system: You are a helpful assistant.
user:
Analyze the provided spectrum to determine if it is a **Carbon Star (C-type)**.

- **Key Visual Indicators of Carbon Star:**
    - **(Primary):** Strong molecular absorption from **C₂ (diatomic carbon) "Swan Bands."** This is the **defining feature** of a carbon star.
        - **(Key Bandheads):** Sharp absorption edges are visible at approximately $5635$ Å, $5165$ Å (the strongest band), and $4737$ Å.
        - **(Line Profile):** Creates a distinct **"saw-tooth"** pattern. The key morphology is a sharp, steep bandhead on the **red (long-wavelength) side**, which then gradually tapers off (i.e., flux recovers) towards the **blue (short-wavelength) side**. *(This is the direct opposite of the TiO bands seen in M-type stars)*.

    - **(Secondary):** Intense **CN (cyanogen)** molecular absorption bands.
        - **(Key Bandheads):** Located in the blue and violet regions of the spectrum (e.g., near $4215$ Å and $3883$ Å).
        - **(Morphology):** These bands are extremely broad and act as a "blanket," absorbing the vast majority of blue and violet light. This creates a characteristic **"cliff"** or **"steep drop-off"** in the spectrum's flux at short wavelengths.

    - **(Key Confirmation):** Strong **CH absorption band (G-band)**.
        - **(Key Bandhead):** Located around $4300$ Å. The contribution from CH molecules to this band is exceptionally strong.

    - **(Overall Spectrum):**
        - The continuum is severely "chopped up" by these deep molecular bands, especially C₂, rather than appearing as a smooth curve.
        - Due to the heavy CN and C₂ absorption in the blue-green, the vast majority of the star's flux is concentrated in the red part of the spectrum, giving the star its characteristic deep red color.

Think first, call **spectral_visualization_tool** if needed to examine features in detail, then provide your final answer. Your response must adhere to the following strict rules:
1.  **Overall Structure:** Your response must follow the format `<think>...</think> <tool_call>...</tool_call> (if a tool is used) <answer>...</answer>`.
2.  **Tool Usage Constraint:** You may only make **one** tool call per turn.
3.  **Final Answer Format:** In the `<answer>` tag, your conclusion must be inside a `\boxed{}` command (e.g., `\boxed{YES}`), followed by your justification.

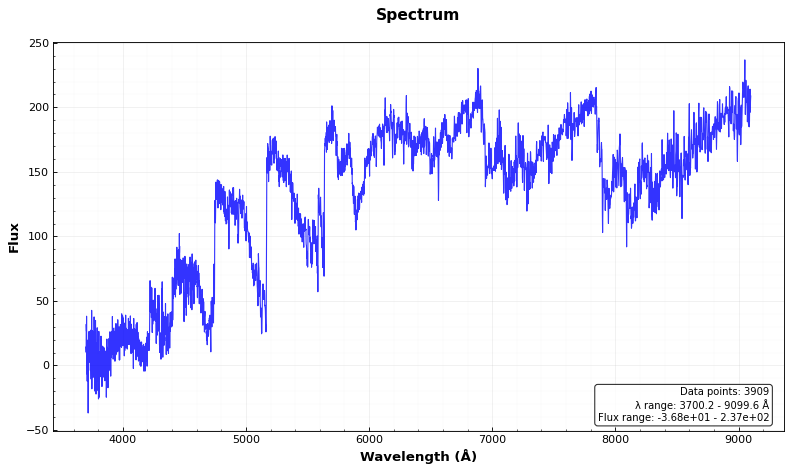
Answer: YES